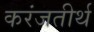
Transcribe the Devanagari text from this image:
करंजतीर्थ